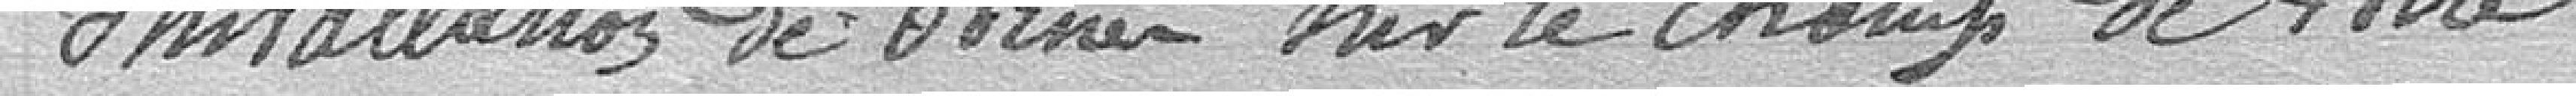
Installation de bornes sur le champ de foire